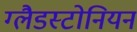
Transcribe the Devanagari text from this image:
ग्लैडस्टोनियन